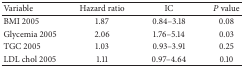
<table><thead><tr><td><b>Variable</b></td><td><b>Hazard ratio</b></td><td><b>IC</b></td><td><b><i>P</i> value</b></td></tr></thead><tbody><tr><td>BMI 2005</td><td>1.87</td><td>0.84–3.18</td><td>0.08</td></tr><tr><td>Glycemia 2005</td><td>2.06</td><td>1.76–5.14</td><td>0.03</td></tr><tr><td>TGC 2005</td><td>1.03</td><td>0.93–3.91</td><td>0.25</td></tr><tr><td>LDL chol 2005</td><td>1.11</td><td>0.97–4.64</td><td>0.10</td></tr></tbody></table>